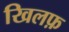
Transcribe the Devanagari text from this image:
खिलफ़